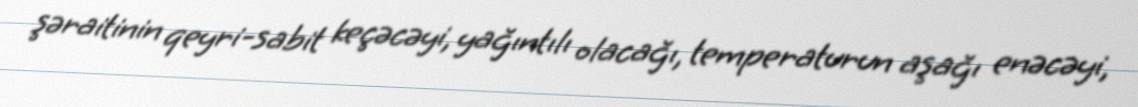
şəraitinin qeyri-sabit keçəcəyi, yağıntılı olacağı, temperaturun aşağı enəcəyi,